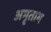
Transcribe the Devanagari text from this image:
अमृताभ